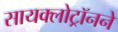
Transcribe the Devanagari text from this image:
सायक्लोट्रॉनने